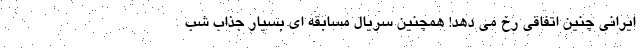
ایرانی چنین اتفاقی رخ می دهد! همچنین سریال مسابقه ای بسیار جذاب شب